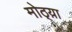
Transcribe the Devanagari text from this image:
मोठ्य़ा